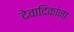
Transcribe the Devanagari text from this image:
देवादिकांना